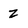
Character: z